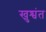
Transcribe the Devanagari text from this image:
खुश्वंत